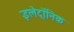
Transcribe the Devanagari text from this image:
इलेट्रॉनिक